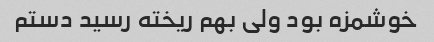
خوشمزه بود ولی بهم ریخته رسید دستم